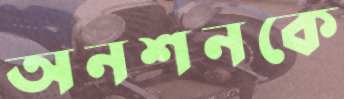
অনশনকে